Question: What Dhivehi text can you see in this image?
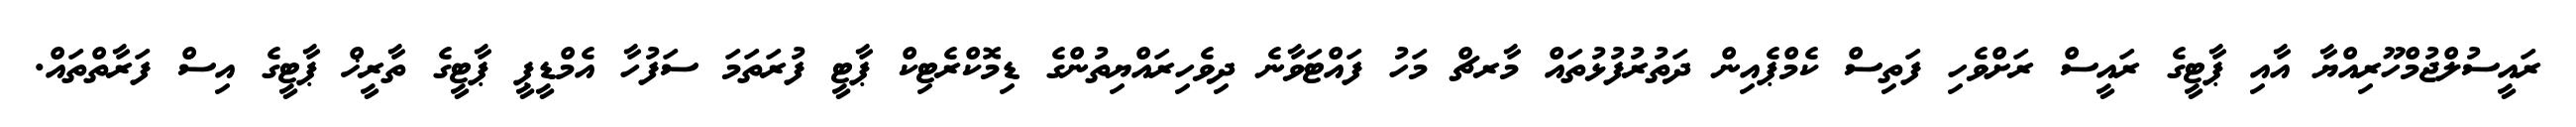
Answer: ރައީސުލްޖުމްހޫރިއްޔާ އާއި ޕާޓީގެ ރައީސް ރަށްވެހި ފަތިސް ކެމްޕެއިން ދަތުރުފުޅުތައް މާރޗް މަހު ފައްޓަވާނެ ދިވެހިރައްޔިތުންގެ ޑިމޮކްރެޓިކް ޕާޓީ ފުރަތަމަ ސަފުހާ އެމްޑީޕީ ޕާޓީގެ ތާރީޚް ޕާޓީގެ އިސް ފަރާތްތައް.